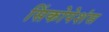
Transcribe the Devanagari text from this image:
सिंकोपेशंस